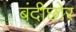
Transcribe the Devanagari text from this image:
बंदीछोर